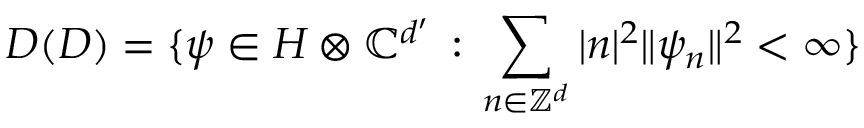
{ \cal D } ( D ) = \{ \psi \in { \cal H } \otimes { \mathbb C } ^ { d ^ { \prime } } \, : \, \sum _ { n \in { \mathbb Z } ^ { d } } | n | ^ { 2 } \| \psi _ { n } \| ^ { 2 } < \infty \}